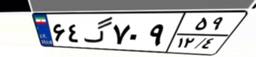
۶۹گ۸۱۶۲۷